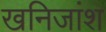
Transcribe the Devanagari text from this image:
खनिजांश